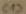
Text: C13